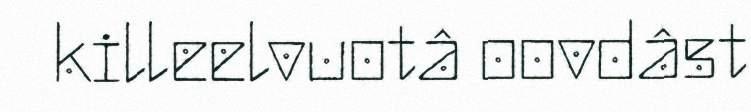
killeelvuotâ oovdâst